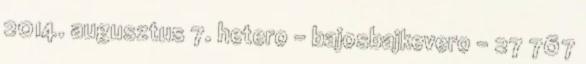
2014. augusztus 7. hetero - bajosbajkevero - 27 767